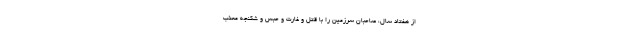
از هفتاد سال، صاحبان سرزمین را با قتل و غارت و حبس و شکنجه معذّب